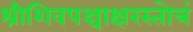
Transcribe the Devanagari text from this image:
श्रीशिवपञ्चाक्षरस्तोत्रं